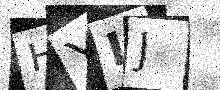
Text: HYLJ